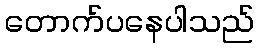
တောက်ပနေပါသည်